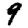
Digit: 9